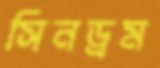
সিনড্রম